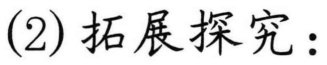
(2) 拓展探究：